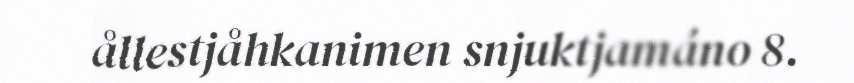
ållestjåhkanimen snjuktjamáno 8.